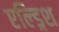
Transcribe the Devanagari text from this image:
एल्ड्रिश